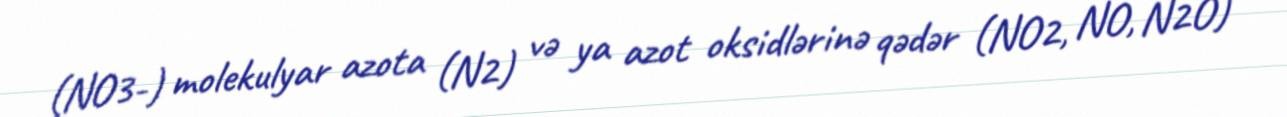
(NO3-) molekulyar azota (N2) və ya azot oksidlərinə qədər (NO2, NO, N2O)